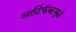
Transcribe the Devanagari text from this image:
आर्टिफॅक्टमुळे